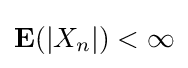
\mathbf {E} (\vert X_{n}\vert )<\infty